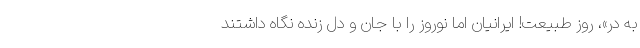
به در»، روز طبیعت! ایرانیان اما نوروز را با جان و دل زنده نگاه داشتند